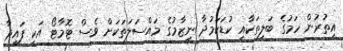
އިތުރުން ހަމުގެ ބަލިތަކާއި ކުޑަކަމުދާ ނިޒާމުގެ މައްސަލަތަކަށް ވެސް ޓޮމާޓޯ އަކީ ފައިދާ